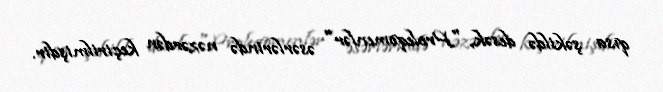
qısa şəkildə desək, "Proleqomenlər" əsərlərində nəzərdən keçirilmişdir.